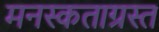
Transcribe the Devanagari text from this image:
मनस्कताग्रस्त